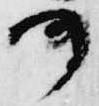
可